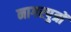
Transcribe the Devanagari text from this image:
नागरपुत्रों